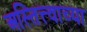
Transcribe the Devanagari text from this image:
अस्तित्त्वाच्या